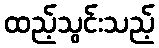
ထည့်သွင်းသည့်